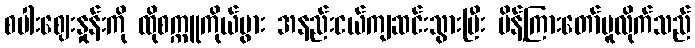
စပါးဈေးနှုန်းကို ထိုစက္ကူကိုယ်ပွား အနည်းငယ်ကျဆင်းသွားပြီး မိန့်ကြားတော်မူလိုက်သည်